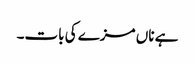
ہے ناں مزے کی بات۔